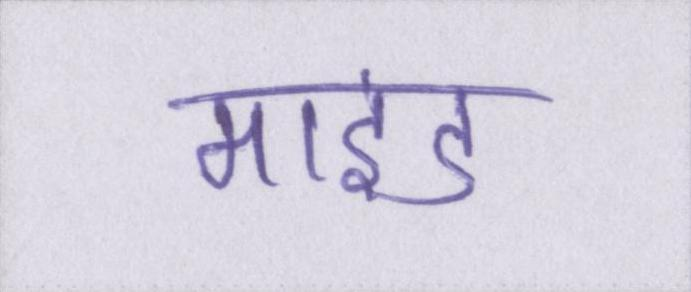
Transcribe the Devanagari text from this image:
माइंड